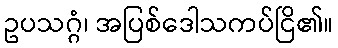
ဥပသဂ္ဂံ၊ အပြစ်ဒေါသကပ်ငြိ၏။